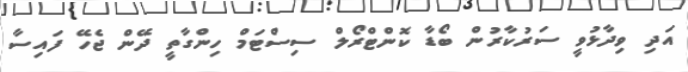
އަދި ވިދާޅުވީ ސަރުކާރުން ބޯޑާ ކޮންޓްރޯލް ސިސްޓަމް ހިންގާތީ ދޭން ޖެހޭ ފައިސާ